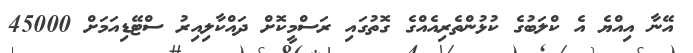
އޭނާ އިއްޔެ އެ ކްލަބުގެ ކުޅުންތެރިއެއްގެ ގޮތުގައި ރަސްމީކޮށް ދައްކާލިއިރު ސްޓޭޑިއަމަށް 45000